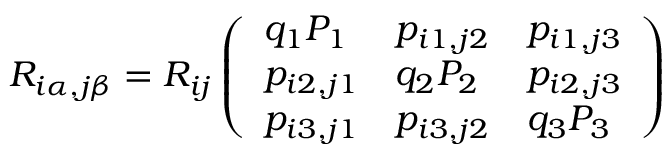
R _ { i \alpha , j \beta } = R _ { i j } \left( \begin{array} { l l l } { q _ { 1 } P _ { 1 } } & { p _ { i 1 , j 2 } } & { p _ { i 1 , j 3 } } \\ { p _ { i 2 , j 1 } } & { q _ { 2 } P _ { 2 } } & { p _ { i 2 , j 3 } } \\ { p _ { i 3 , j 1 } } & { p _ { i 3 , j 2 } } & { q _ { 3 } P _ { 3 } } \end{array} \right)